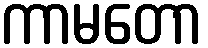
ကာမတော